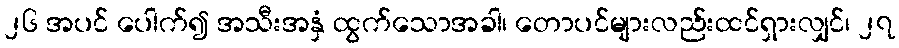
၂၆ အပင် ပေါက်၍ အသီးအနှံ ထွက်သောအခါ၊ တောပင်များလည်းထင်ရှားလျှင်၊ ၂၇